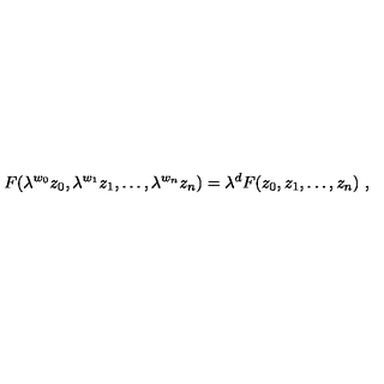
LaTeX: F ( \lambda ^ { w _ { 0 } } z _ { 0 } , \lambda ^ { w _ { 1 } } z _ { 1 } , \ldots , \lambda ^ { w _ { n } } z _ { n } ) = \lambda ^ { d } F ( z _ { 0 } , z _ { 1 } , \ldots , z _ { n } ) \ ,